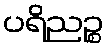
ပရိညဉ္စ